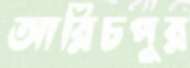
আরিচপুর